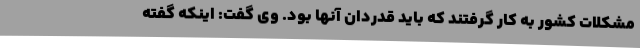
مشکلات کشور به کار گرفتند که باید قدردان آنها بود. وی گفت: اینکه گفته